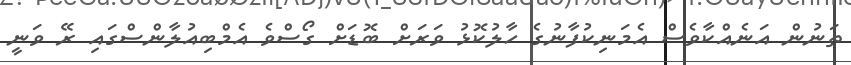
ތަނުން އަނެއްކާވެސް އެމަނިކުފާނުގެ ހާލުކޮޅު ވަރަށް ބޮޑަށް ގޯސްވެ އެމްބިއުލާންސްގައި ރޭ ވަނީ